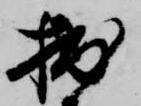
拙